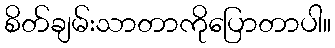
စိတ်ချမ်းသာတာကိုပြောတာပါ။